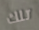
تلك